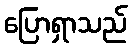
ပြောရှာသည်